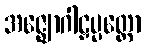
အဇ္ဈောဂါဠှပ္ပတ္တော